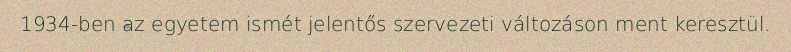
1934-ben az egyetem ismét jelentős szervezeti változáson ment keresztül.